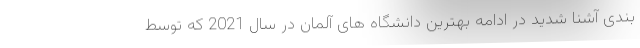
بندی آشنا شدید در ادامه بهترین دانشگاه های آلمان در سال 2021 که توسط